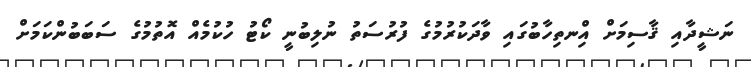
ނަޝީދާއި ޤާސިމަށް އިްނތިހާބުގައި ވާދަކުރުމުގެ ފުރުސަތު ނުލިބުނީ ކޯޓު ހުކުމެއް އޮތުމުގެ ސަބަބުންކަމަށް